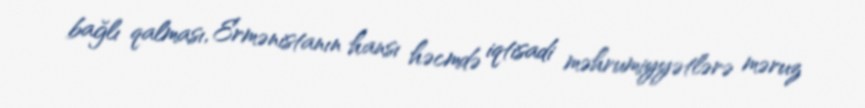
bağlı qalması, Ermənistanın hansı həcmdə iqtisadi məhrumiyyətlərə məruz